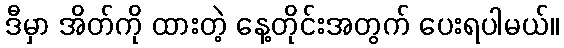
ဒီမှာ အိတ်ကို ထားတဲ့ နေ့တိုင်းအတွက် ပေးရပါမယ်။